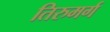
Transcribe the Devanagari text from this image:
तिरुमर्ग